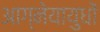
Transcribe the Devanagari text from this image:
आग्नेयायुधों